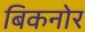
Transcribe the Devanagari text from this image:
बिकनोर